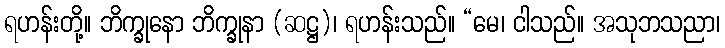
ရဟန်းတို့။ ဘိက္ခုနော ဘိက္ခုနာ (ဆဋ္ဌ)၊ ရဟန်းသည်။ “မေ၊ ငါသည်။ အသုဘသညာ၊